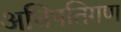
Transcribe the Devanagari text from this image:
अधिपतिगण